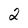
Character: 2